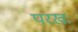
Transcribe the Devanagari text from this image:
परखः